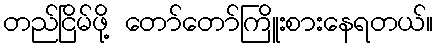
တည်ငြိမ်ဖို့ တော်တော်ကြိူးစားနေရတယ်။